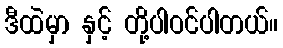
ဒီထဲမှာ နှင့် တို့ပါဝင်ပါတယ်။